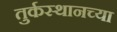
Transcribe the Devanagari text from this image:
तुर्कस्थानच्या